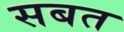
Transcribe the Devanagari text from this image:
सबत